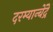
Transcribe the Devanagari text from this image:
दरम्यान्बेंद्रे